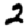
Digit: 2